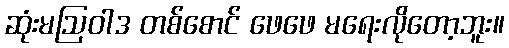
ဆုံးမဩဝါဒ တစ်စောင် ဖေဖေ မရေးလိုတော့ဘူး။